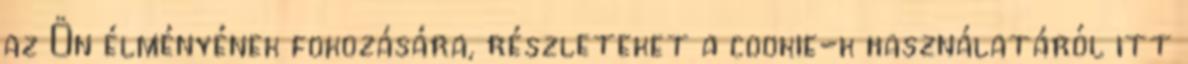
az Ön élményének fokozására, részleteket a cookie-k használatáról itt